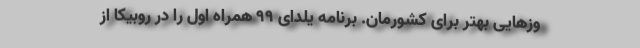
وزهایی بهتر برای کشورمان. برنامه یلدای 99 همراه اول را در روبیکا از